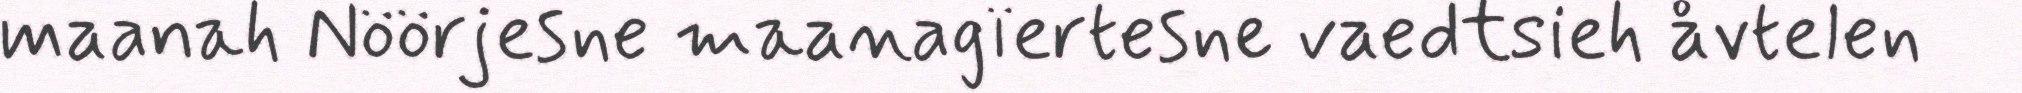
maanah Nöörjesne maanagïertesne vaedtsieh åvtelen